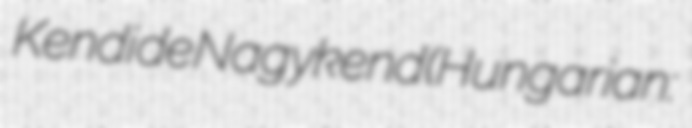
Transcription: Kendi de Nagykend (Hungarian: